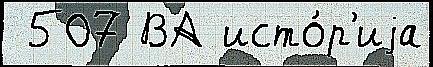
 507 ВА исто́р'иjа